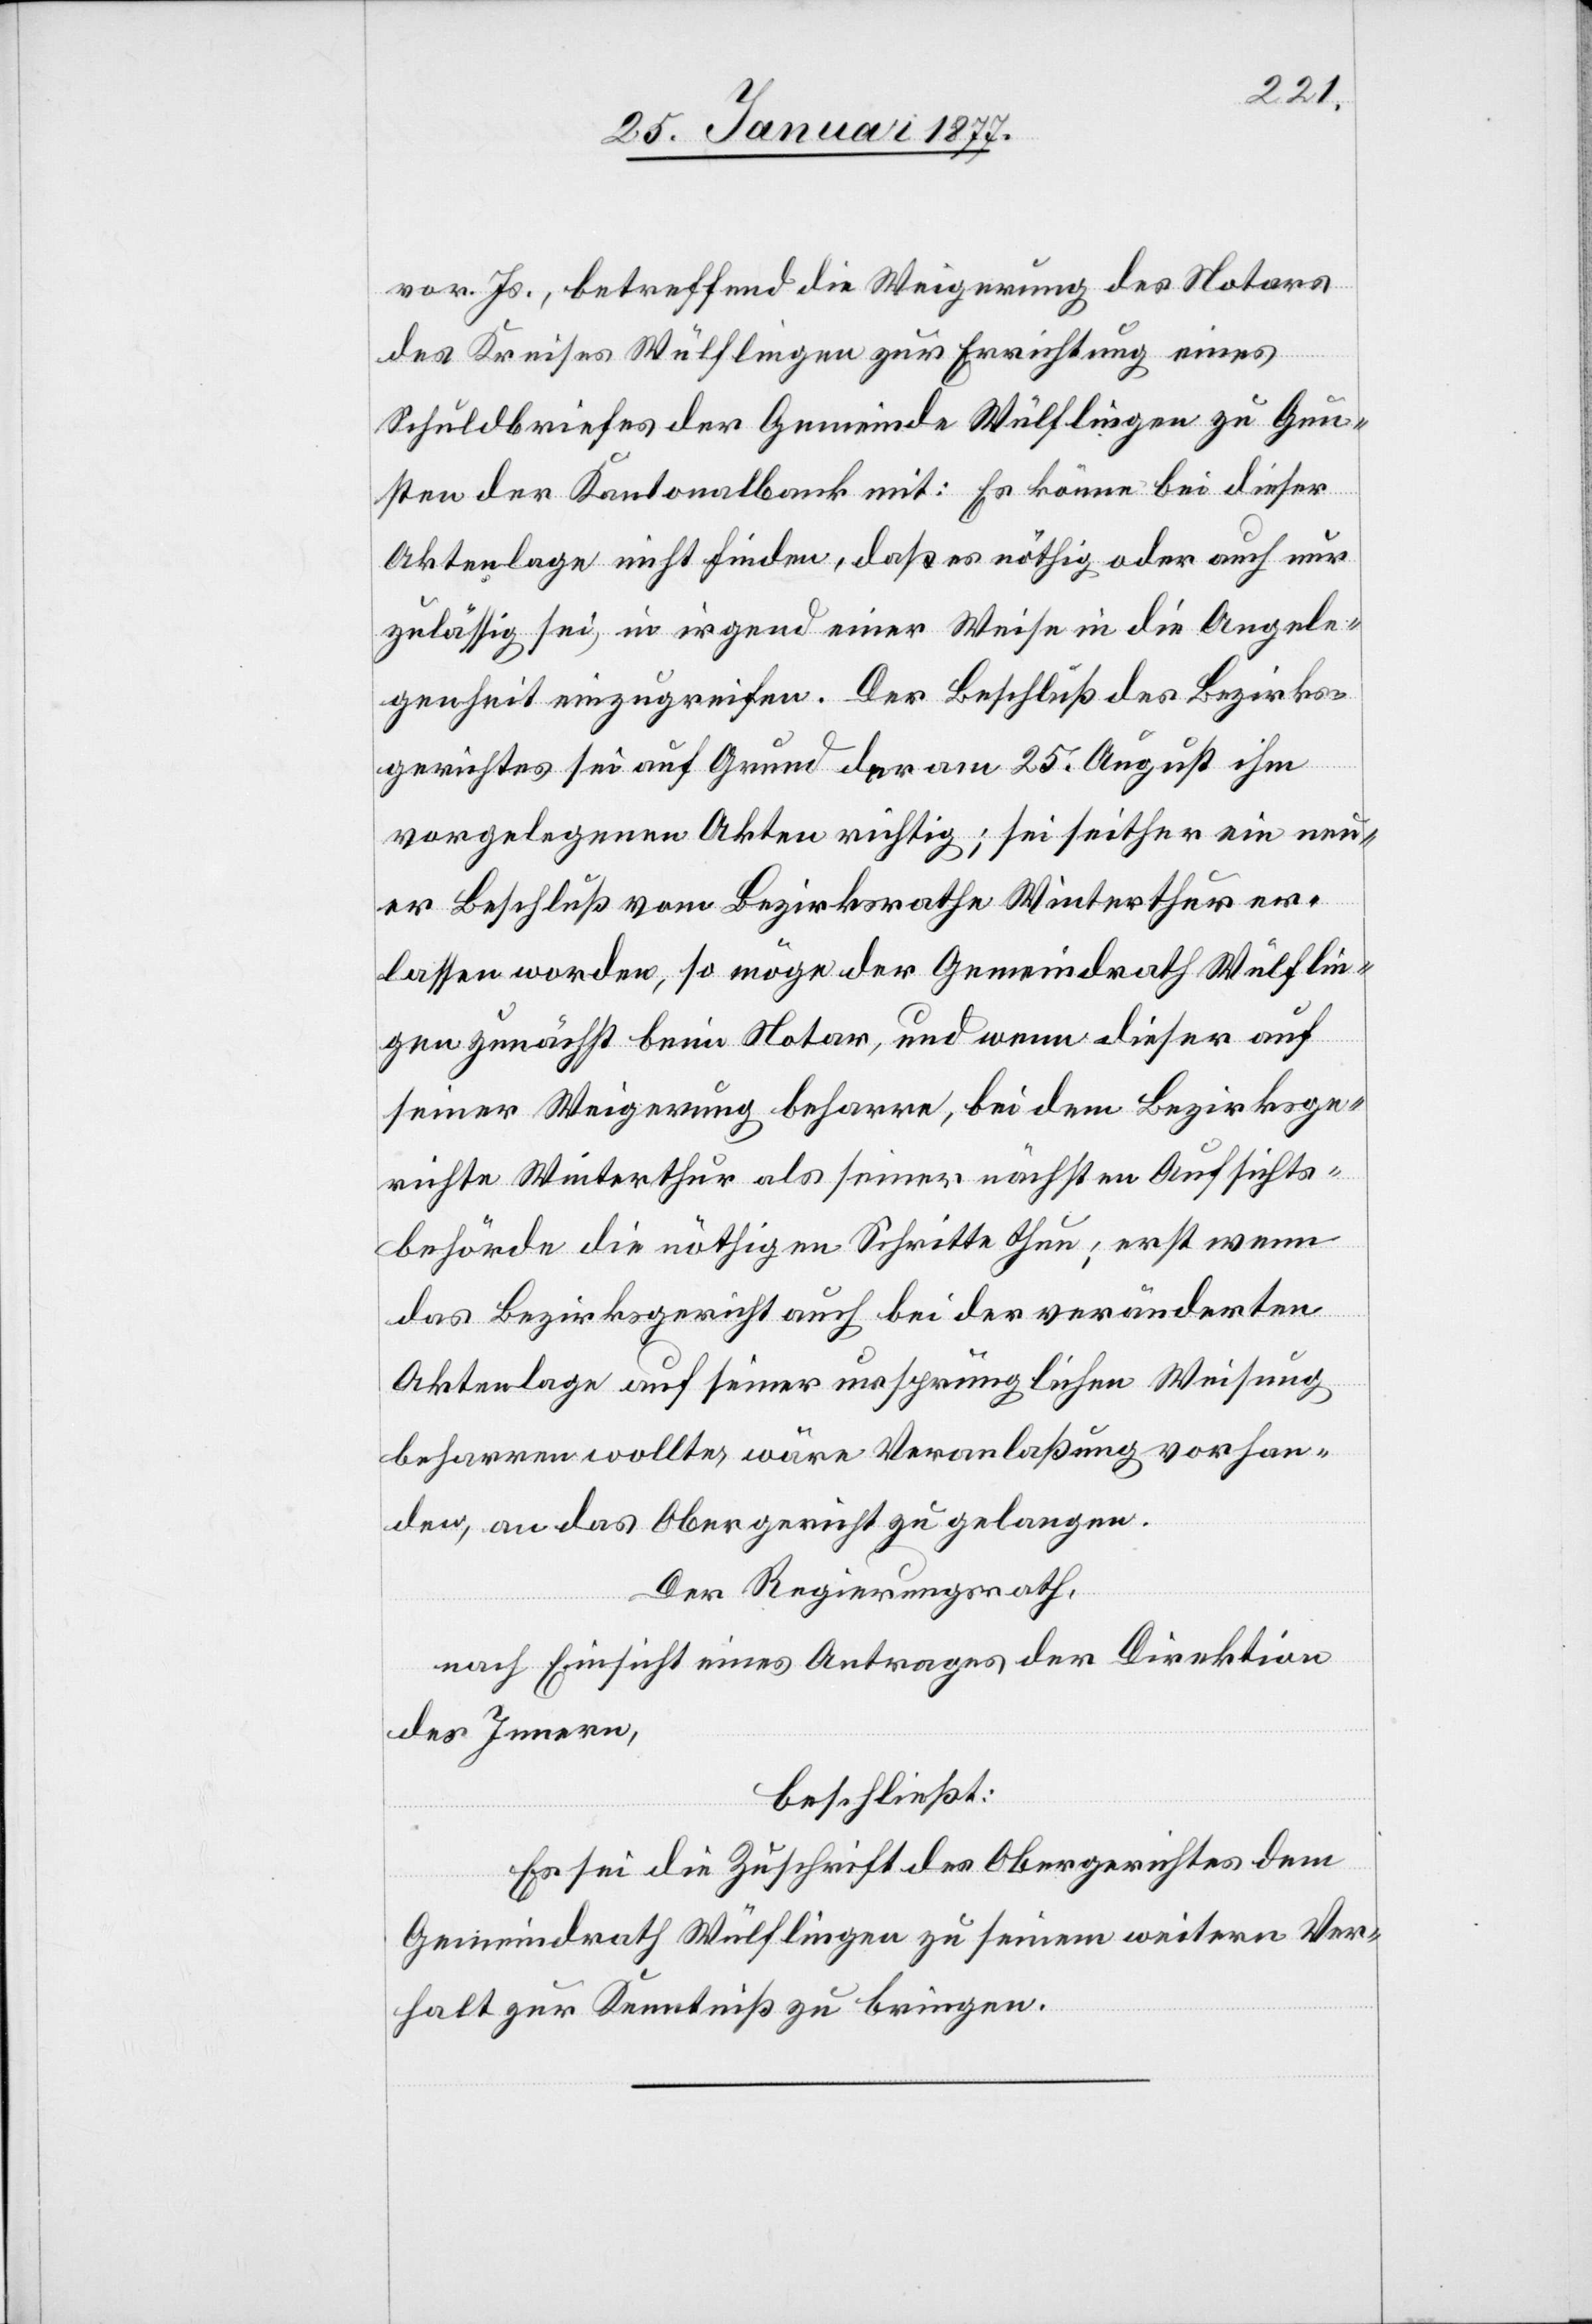
vor. Js., betreffend die Weigerung des Notars
des Kreises Wülflingen zur Errichtung eines
Schuldbriefes der Gemeinde Wülflingen zu Gun¬
sten der Kantonalbank mit: Es könne bei dieser
Aktenlage nicht finden, daß es nöthig oder auch nur
zulässig sei, in irgend einer Weise in die Angele¬
genheit einzugreifen. Der Beschluß des Bezirks¬
gerichtes sei auf Grund der am 25. August ihm
vorgelegten Akten richtig; sei seither ein neu¬
er Beschluß vom Bezirksrathe Winterthur er¬
lassen worden, so möge der Gemeindrath Wülflin¬
gen zunächst beim Notar, und wenn dieser auf
seiner Weigerung beharre, bei dem Bezirksge¬
richte Winterthur als seiner nächsten Aufsichts¬
behörde die nöthigen Schritte thun; erst wenn
das Bezirksgericht auch bei der veränderten
Aktenlage auf seiner ursprünglichen Weisung
beharren wollte, wäre Veranlaßung vorhan¬
den, an das Obergericht zu gelangen.
Der Regierungsrath,
nach Einsicht eines Antrages der Direktion
des Innern,
beschließt:
Es sei die Zuschrift des Obergerichtes dem
Gemeindrath Wülflingen zu seinem weitern Ver¬
halt zur Kenntniß zu bringen.